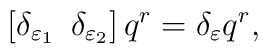
\left[\delta_{\varepsilon_1} \,\ \delta_{\varepsilon_2}\right] q^r =\delta_\varepsilon q^r ,